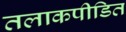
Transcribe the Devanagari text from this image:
तलाकपीडित